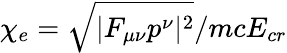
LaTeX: \chi_{e}=\sqrt{|F_{\mu\nu}p^{\nu}|^{2}}/mcE_{cr}